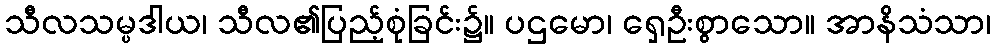
သီလသမ္ပဒါယ၊ သီလ၏ပြည့်စုံခြင်း၌။ ပဌမော၊ ရှေဦးစွာသော။ အာနိသံသာ၊